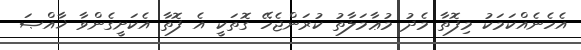
އެހެނެއްކަމަކު މިފޮތާ މެދު މުޢާމަލާތު ކުރަންޖެހޭ ގޮތަކީ އެ ފޮތާ އެކަށީގެންވާ ޚާއްޞަ